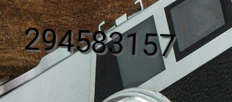
294583157